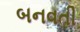
બનવતી